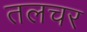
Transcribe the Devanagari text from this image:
तलचर